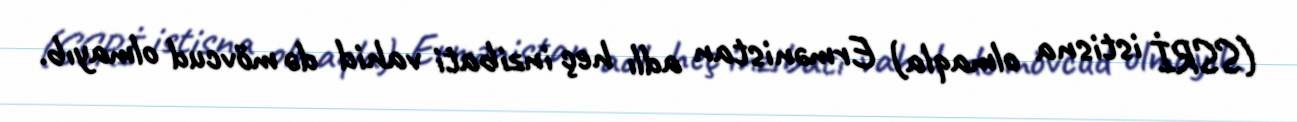
(SSRİ istisna olmaqla) Ermənistan adlı heç inzibati vahid də mövcud olmayıb.